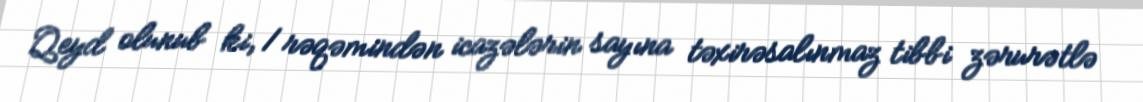
Qeyd olunub ki, 1 rəqəmindən icazələrin sayına təxirəsalınmaz tibbi zərurətlə